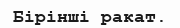
Бірінші ракат.